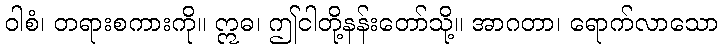
ဝါစံ၊ တရားစကားကို။ ဣဓ၊ ဤငါတို့နန်းတော်သို့။ အာဂတာ၊ ရောက်လာသော